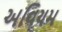
અવિયમ